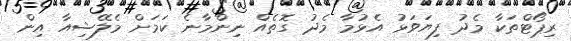
ރިޕޯޓްތަކާ މެދު ފިޔަވަޅު އެޅުމާ މެދު ގޮތެއް ނިންމާނެ ކަމަށް މެލޭޝިއާ އިން